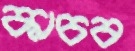
কাচব